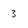
Character: 3